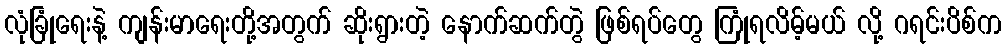
လုံခြုံရေးနဲ့ ကျန်းမာရေးတို့အတွက် ဆိုးရွားတဲ့ နောက်ဆက်တွဲ ဖြစ်ရပ်တွေ ကြုံရလိမ့်မယ် လို့ ဂရင်းပိစ်က